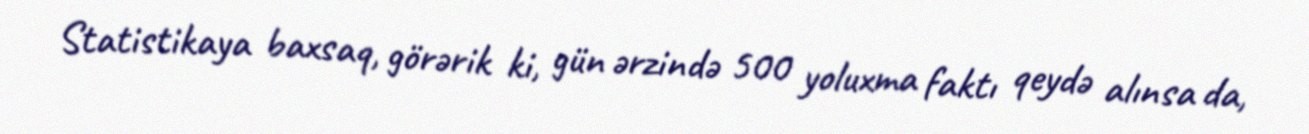
Statistikaya baxsaq, görərik ki, gün ərzində 500 yoluxma faktı qeydə alınsa da,